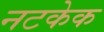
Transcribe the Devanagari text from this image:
नटकेक